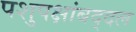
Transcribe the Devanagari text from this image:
पशुपक्षांबद्दल